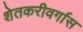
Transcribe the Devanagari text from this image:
शेतकरीवर्गास